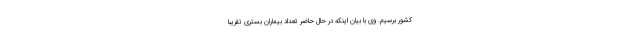
کشور برسیم. وی با بیان اینکه در حال حاضر تعداد بیماران بستری تقریباً